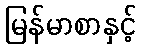
မြန်မာစာနှင့်